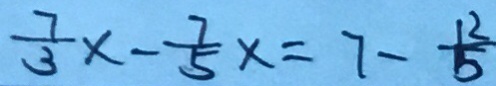
\frac { 7 } { 3 } x - \frac { 7 } { 5 } x = 7 - \frac { 1 2 } { 5 }